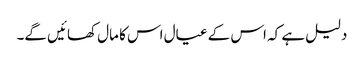
دلیل ہے کہ اس کے عیال اس کا مال کھائیں گے۔